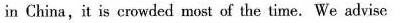
in China,it is eowded most af the time.We advise